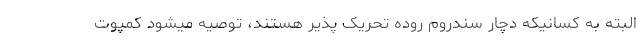
البته به کسانیکه دچار سندروم روده تحریک پذیر هستند، توصیه میشود کمپوت